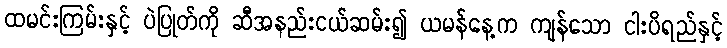
ထမင်းကြမ်းနှင့် ပဲပြုတ်ကို ဆီအနည်းငယ်ဆမ်း၍ ယမန်နေ့က ကျန်သော ငါးပိရည်နှင့်